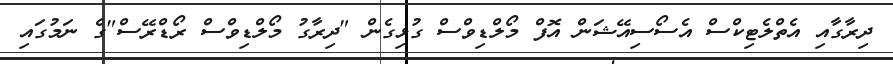
ދިރާގާއި އެތްލެޓިކްސް އެސޯސިއޭޝަން އޮފް މޯލްޑިވްސް ގުޅިގެން "ދިރާގު މޯލްޑިވްސް ރޯޑްރޭސް"ގެ ނަމުގައި